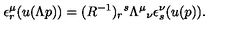
\epsilon _ { r } ^ { \mu } ( u ( \Lambda p ) ) = ( R ^ { - 1 } ) _ { r } { } ^ { s } \Lambda ^ { \mu } { } _ { \nu } \epsilon _ { s } ^ { \nu } ( u ( p ) ) .